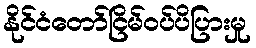
နိုင်ငံတော်ငြိမ်ဝပ်ပိပြားမှု